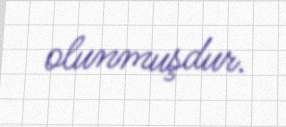
olunmuşdur.